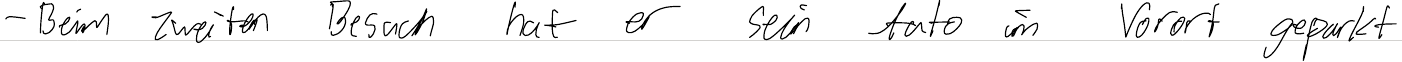
- Beim zweiten Besuch hat er sein Auto im Vorort geparkt